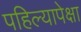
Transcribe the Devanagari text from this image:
पहिल्यापेक्षा